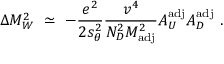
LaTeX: \Delta M _ { W } ^ { 2 } \ \simeq \ - { \frac { e ^ { 2 } } { 2 s _ { \theta } ^ { 2 } } } { \frac { v ^ { 4 } } { N _ { D } ^ { 2 } M _ { \mathrm { a d j } } ^ { 2 } } } A _ { U } ^ { \mathrm { a d j } } A _ { D } ^ { \mathrm { a d j } } \ .